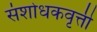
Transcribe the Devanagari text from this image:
संशोधकवृत्ती